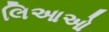
લિઆઓ